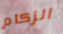
الزكام